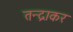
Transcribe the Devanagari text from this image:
तन्द्राकर